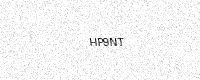
Text: HP9NT